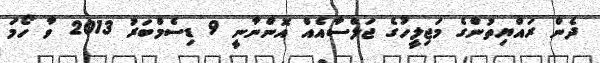
ދެން ރައްޔިތުންގެ މަޖިލީހުގެ ޖަލްސާއެއް އޮންނާނީ 9 ޑިސެމްބަރު 2013 ވާ ހޯމަ